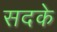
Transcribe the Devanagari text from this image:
सदके